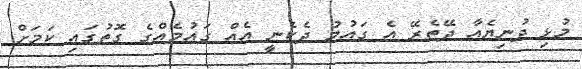
މުޅި ދުނިޔެއާ ދޭތެރޭ އެ ގައުމު ދެކެނީ އެއް ގައުމެއްގެ ގޮތުގައި ކަމަށް